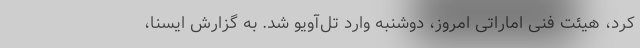
کرد، هیئت فنی اماراتی امروز، دوشنبه وارد تل‌آویو شد. به گزارش ایسنا،